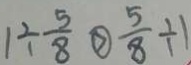
1 \div \frac { 5 } { 8 } \textcircled { > } \frac { 5 } { 8 } \div 1